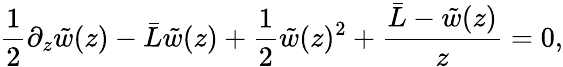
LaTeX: {\frac{1}{2}}\partial_{z}\tilde{w}(z)-{\bar{L}}\tilde{w}(z)+{\frac{1}{2}}\tilde{w}(z)^{2}+{\frac{{\bar{L}}-\tilde{w}(z)}{z}}=0,